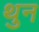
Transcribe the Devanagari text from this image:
थुन